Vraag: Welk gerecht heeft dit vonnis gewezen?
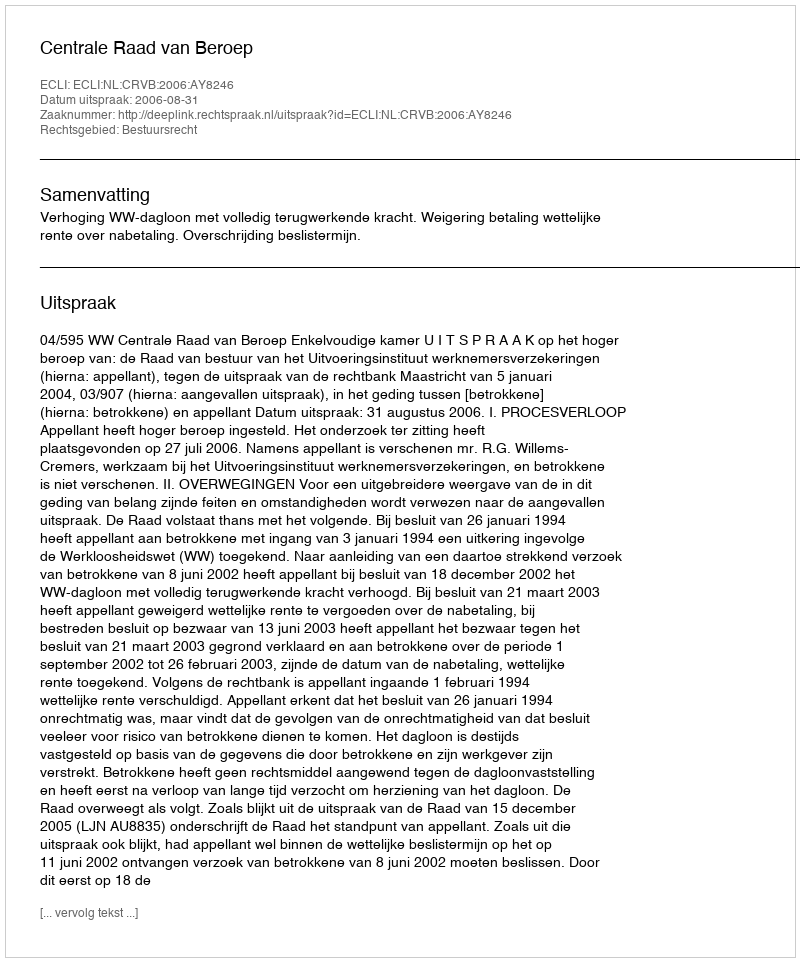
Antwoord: Centrale Raad van Beroep